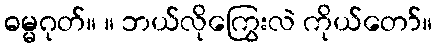
ဓမ္မဂုတ်။ ။ ဘယ်လိုကြွေးလဲ ကိုယ်တော်။